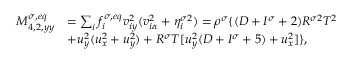
\begin{array} { r } { \begin{array} { r l } { M _ { 4 , 2 , y y } ^ { \sigma , e q } } & { = \sum _ { i } f _ { i } ^ { \sigma , e q } v _ { i y } ^ { 2 } ( v _ { i \alpha } ^ { 2 } + \eta _ { i } ^ { \sigma 2 } ) = \rho ^ { \sigma } \{ ( D + I ^ { \sigma } + 2 ) R ^ { \sigma 2 } T ^ { 2 } } \\ & { + u _ { y } ^ { 2 } ( u _ { x } ^ { 2 } + u _ { y } ^ { 2 } ) + R ^ { \sigma } T [ u _ { y } ^ { 2 } ( D + I ^ { \sigma } + 5 ) + u _ { x } ^ { 2 } ] \} , } \end{array} } \end{array}